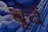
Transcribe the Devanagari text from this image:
बूंंदें